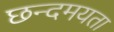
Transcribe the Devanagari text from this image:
छन्दमयता